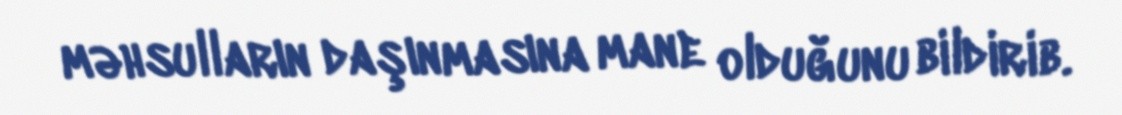
məhsulların daşınmasına mane olduğunu bildirib.